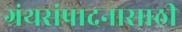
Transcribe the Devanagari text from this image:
ग्रंथसंपादनासाठी